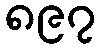
၈၉၇